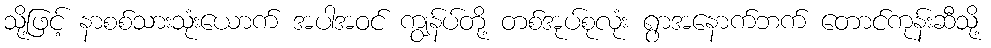
သို့ဖြင့် နာစစ်သားသုံးယောက် အပါအဝင် ကျွန်ပ်တို့ တစ်အုပ်စုလုံး ရွာအနောက်ဘက် တောင်ကုန်းဆီသို့